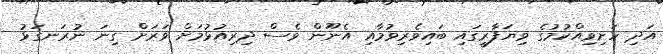
އަދި ހަށިވިއްކުމުގެ ވިޔަފާރީގައި ބައިވެރިވުމާއި އެނޫން ވެސް ދިރިއުޅުމަށް ވަރަށް ގިނަ ނުރަނގަޅު